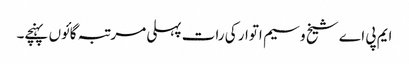
ایم پی اے شیخ وسیم اتوار کی رات پہلی مرتبہ گائوں پہنچے۔